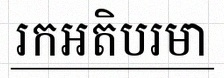
រកអតិបរមា